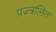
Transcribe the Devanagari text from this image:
प्रज्त्रलित